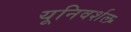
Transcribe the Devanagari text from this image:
यूनिवर्शल